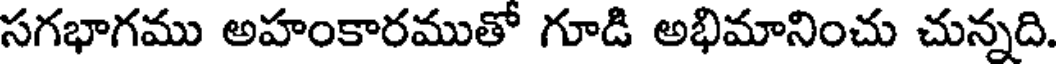
సగభాగము అహంకారముతో గూడి అభిమానించు చున్నది.